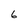
Character: 6